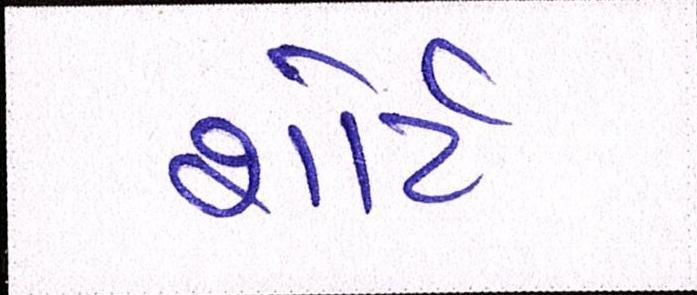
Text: શોર્ટ